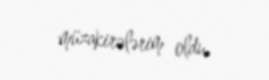
müzakirələrim oldu.